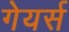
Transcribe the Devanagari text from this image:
गेयर्स